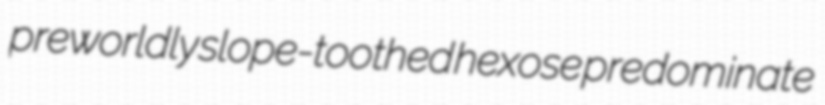
preworldly slope-toothed hexose predominate